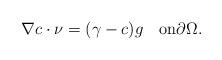
LaTeX: \begin{align*} \nabla c\cdot \nu=(\gamma-c)g\quad\mbox{on}\partial\Omega. \end{align*}